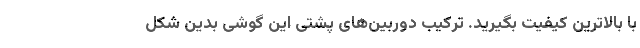
با بالاترین کیفیت بگیرید. ترکیب دوربین‌های پشتی این گوشی بدین شکل